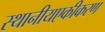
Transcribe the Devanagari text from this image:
स्थानीयएकीकरण